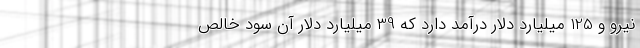
نیرو و 125 میلیارد دلار درآمد دارد که 39 میلیارد دلار آن سود خالص